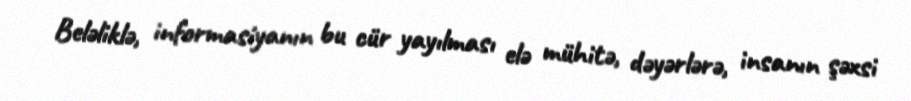
Beləliklə, informasiyanın bu cür yayılması elə mühitə, dəyərlərə, insanın şəxsi